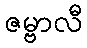
ဇမ္ဗာလီ